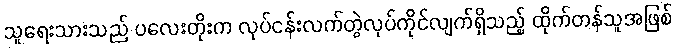
သူရေးသားသည် ပလေးတိုးက လုပ်ငန်းလက်တွဲလုပ်ကိုင်လျက်ရှိသည့် ထိုက်တန်သူအဖြစ်